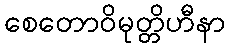
စေတောဝိမုတ္တိဟီနာ